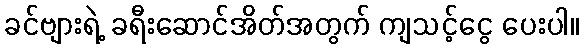
ခင်ဗျားရဲ့ ခရီးဆောင်အိတ်အတွက် ကျသင့်ငွေ ပေးပါ။